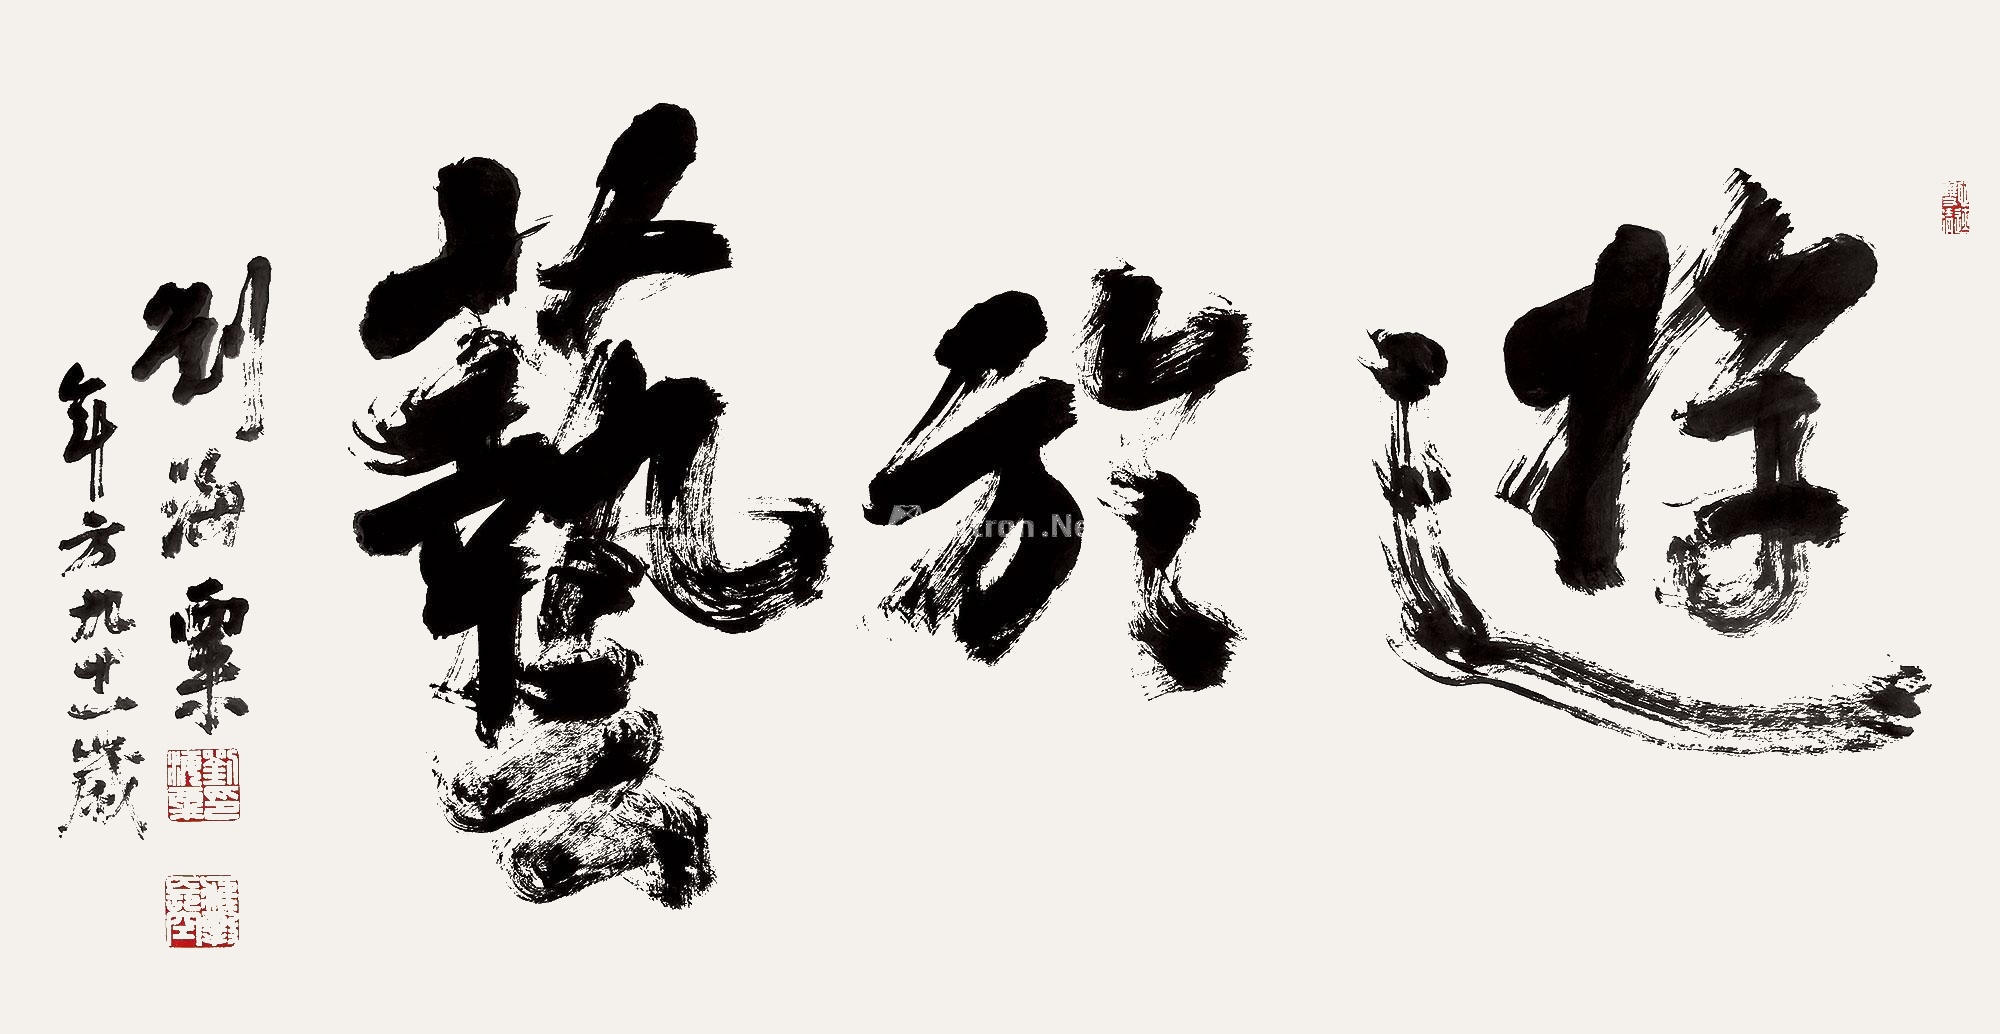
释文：游于艺刘海粟年方九十一岁。